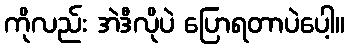
ကိုလည်း အဲဒီလိုပဲ ပြောရတာပဲပေါ့။